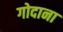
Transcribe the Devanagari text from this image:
गोदाना